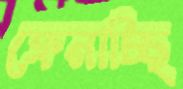
ফেনাচ্ছি